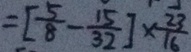
= [ \frac { 5 } { 8 } - \frac { 1 5 } { 3 2 } ] \times \frac { 2 3 } { 1 6 }